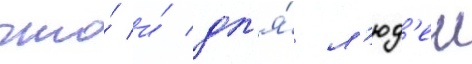
что́ и́ дл'я́ л'юд'еи